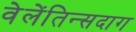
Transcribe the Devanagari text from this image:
वेलेंतिन्सदाग